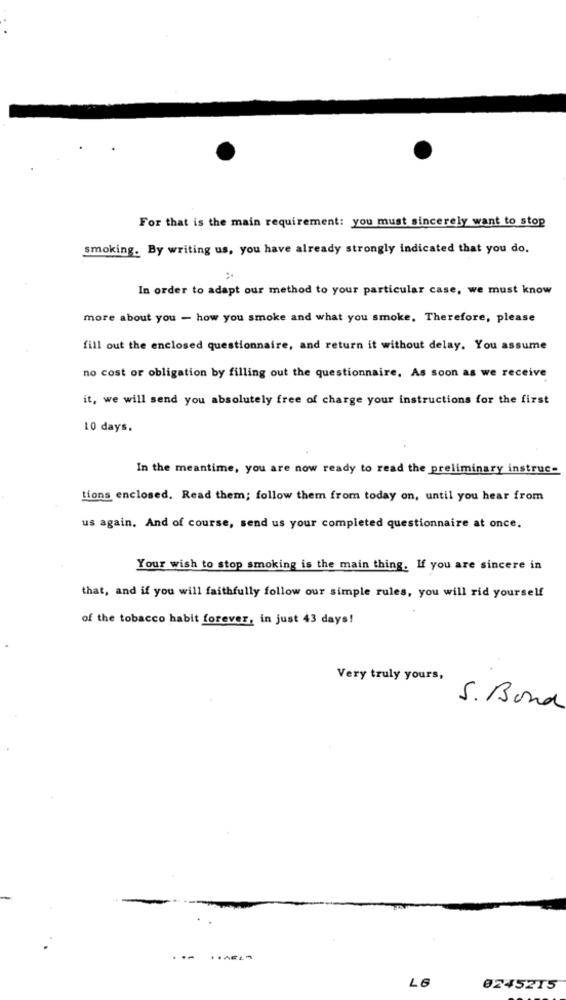
For that is the main requirement: you must sincerely want to stop
smoking. By writing us, you have already strongly indicated that you do.
In order to adapt our method to your particular case, we must know
more about you - how you smoke and what you smoke. Therefore, please
fill out the enclosed questionnaire, and return it without delay. You assume
no cost or obligation by filling out the questionnaire, As soon as we receive
it, we will send you absolutely free of charge your instructions for the first
10 days.
In the meantime, you are now ready to read the preliminary instruc-
tions enclosed. Read them; follow them from today on, until you hear from
us again, And of course, send us your completed questionnaire at once.
Your wish to stop smoking is the main thing. If you are sincere in
that, and if you will faithfully follow our simple rules, you will rid yourself
of the tobacco habit forever, in just 43 days!
Very truly yours,
S. Bond
LG
02452T5